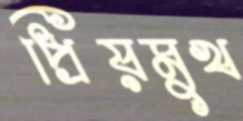
প্রিয়মুখ